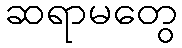
ဆရာမတွေ